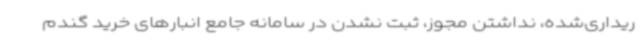
ریداری‌شده، نداشتن مجوز، ثبت نشدن در سامانه جامع انبارهای خرید گندم